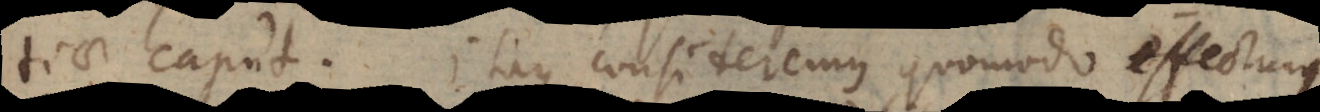
tiae caput. Itaque consideremus quomodo effecturi